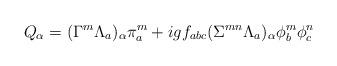
LaTeX: \begin{align*}Q_\alpha = (\Gamma^m \Lambda_a)_\alpha \pi^m_a + igf_{abc} (\Sigma^{mn} \Lambda_a)_\alpha \phi^m_b \phi^n_c \end{align*}